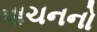
પાચનનો